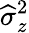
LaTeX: \widehat{\sigma}_{z}^{2}